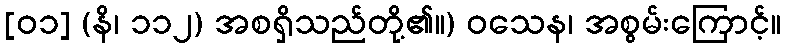
[၀၁] (နိ၊ ၁၁၂) အစရှိသည်တို့၏။) ဝသေန၊ အစွမ်းကြောင့်။